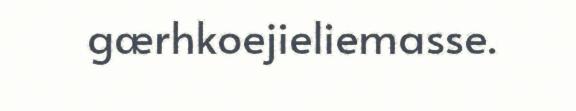
gærhkoejieliemasse.